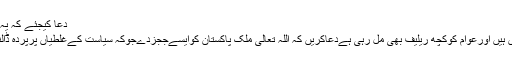
دعا کيجئے کہ يہ قائم رہيں اور اصاف کا پرچم بلند رکھيں
واقعی میں یہ عدالتیں پھربھی کام کررہیں ہیں اورعوام کوکچھ ریلیف بھی مل رہی ہےدعاکریں کہ اللہ تعالی ملک پاکستان کوایسےججزدےجوکہ سیاست کےغلطیاں پرپردہ ڈالنےکی بجائےان کوعبرت کانشان بنادیں ۔